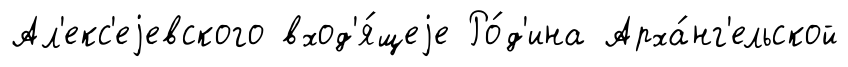
Ал'екс'еjевского вход'я́щеjе Ро́д'ина Арха́нг'ельской